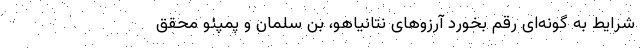
شرایط به گونه‌ای رقم بخورد آرزوهای نتانیاهو، بن سلمان و پمپئو محقق